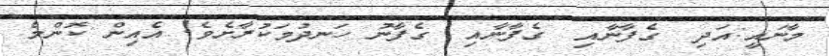
މާނައީ:އަދި  ގެފާނާއި  ގެފާނާއި  ގެފާނު ހަނދުމަކުރާށެވެ! އެއިން ކޮންމެ